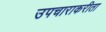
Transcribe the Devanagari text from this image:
उपचाराकरीता